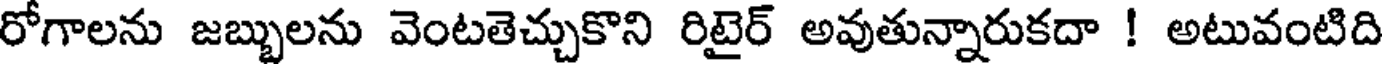
రోగాలను జబ్బులను వెంటతెచ్చుకొని రిటైర్ అవుతున్నారుకదా ! అటువంటిది